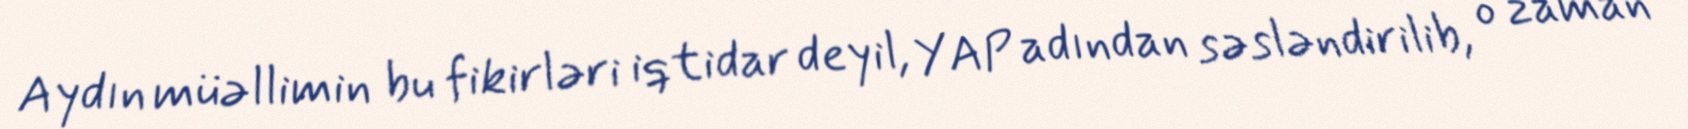
Aydın müəllimin bu fikirləri iqtidar deyil, YAP adından səsləndirilib, o zaman